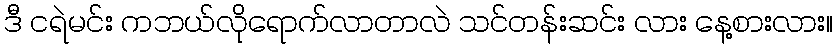
ဒီ ငရဲမင်း ကဘယ်လိုရောက်လာတာလဲ သင်တန်းဆင်း လား နေ့စားလား။